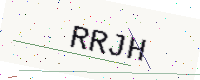
Text: RRJH